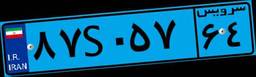
۸۷S۰۵۷۶۴